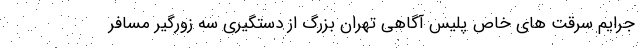
جرایم سرقت های خاص پلیس آگاهی تهران بزرگ از دستگیری سه زورگیر مسافر